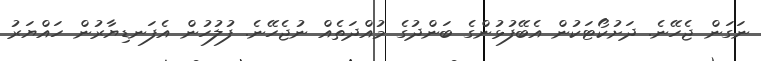
ނަގަން ޖެހޭނެ. ދަށުކޯޓަކުން އެބޭފުޅުންގެ ބަންދުގެ މުއްދަތެއް ނުޖެހޭނެ. ފުލުހުން އެފަނޑިޔާރުން ހައްޔަރު